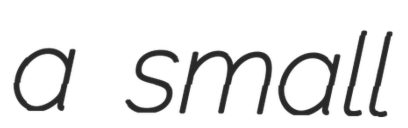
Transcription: a small